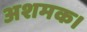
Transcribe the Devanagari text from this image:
अशमक।